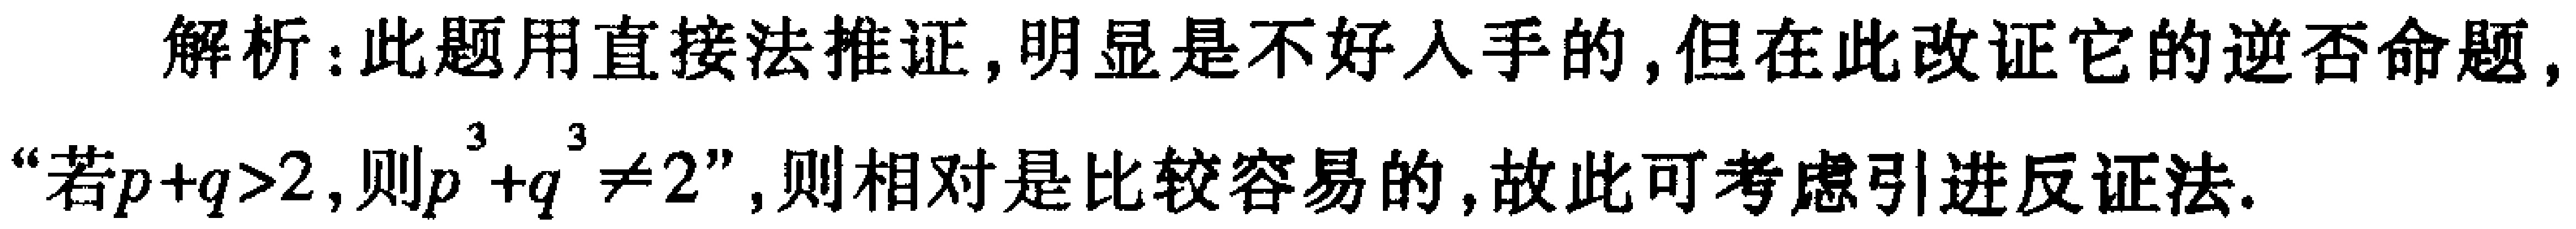
解析：此题用直接法推证,明显是不好入手的,但在此改证它的逆否命题,“若\(p + q>2\),则\(p^{3}+q^{3}\neq 2\)”,则相对是比较容易的,故此可考虑引进反证法.